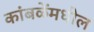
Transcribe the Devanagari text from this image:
कांबळेंमधील